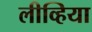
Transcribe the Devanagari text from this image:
लीव्हिया